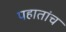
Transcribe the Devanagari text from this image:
पहातांच